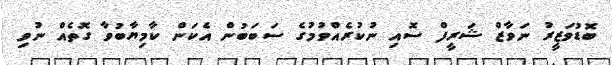
ބޮޑުވަޒީރު ނަވާޒް ޝަރީފް ސޮއި ނުކުރެއްވުމުގެ ސަބަބުން އެކަން ކާމިޔާބުވާ ގޮތެއް ނުވި